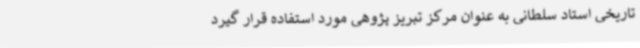
تاریخی استاد سلطانی به عنوان مرکز تبریز پژوهی مورد استفاده قرار گیرد